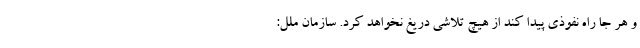
و هر جا راه نفوذی پیدا کند از هیچ تلاشی دریغ نخواهد کرد. سازمان ملل: